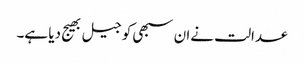
عدالت نےان سبھی کو جیل بھیج دیا ہے۔